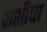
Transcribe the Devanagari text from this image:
शशीचा